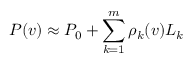
P ( v ) \approx P _ { 0 } + \sum _ { k = 1 } ^ { m } \rho _ { k } ( v ) L _ { k }